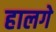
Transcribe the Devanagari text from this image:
हालगे